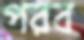
পরব